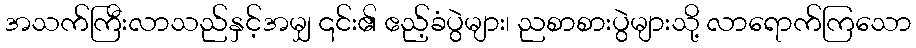
အသက်ကြီးလာသည်နှင့်အမျှ ၎င်း၏ ဧည့်ခံပွဲများ၊ ညစာစားပွဲများသို့ လာရောက်ကြသော